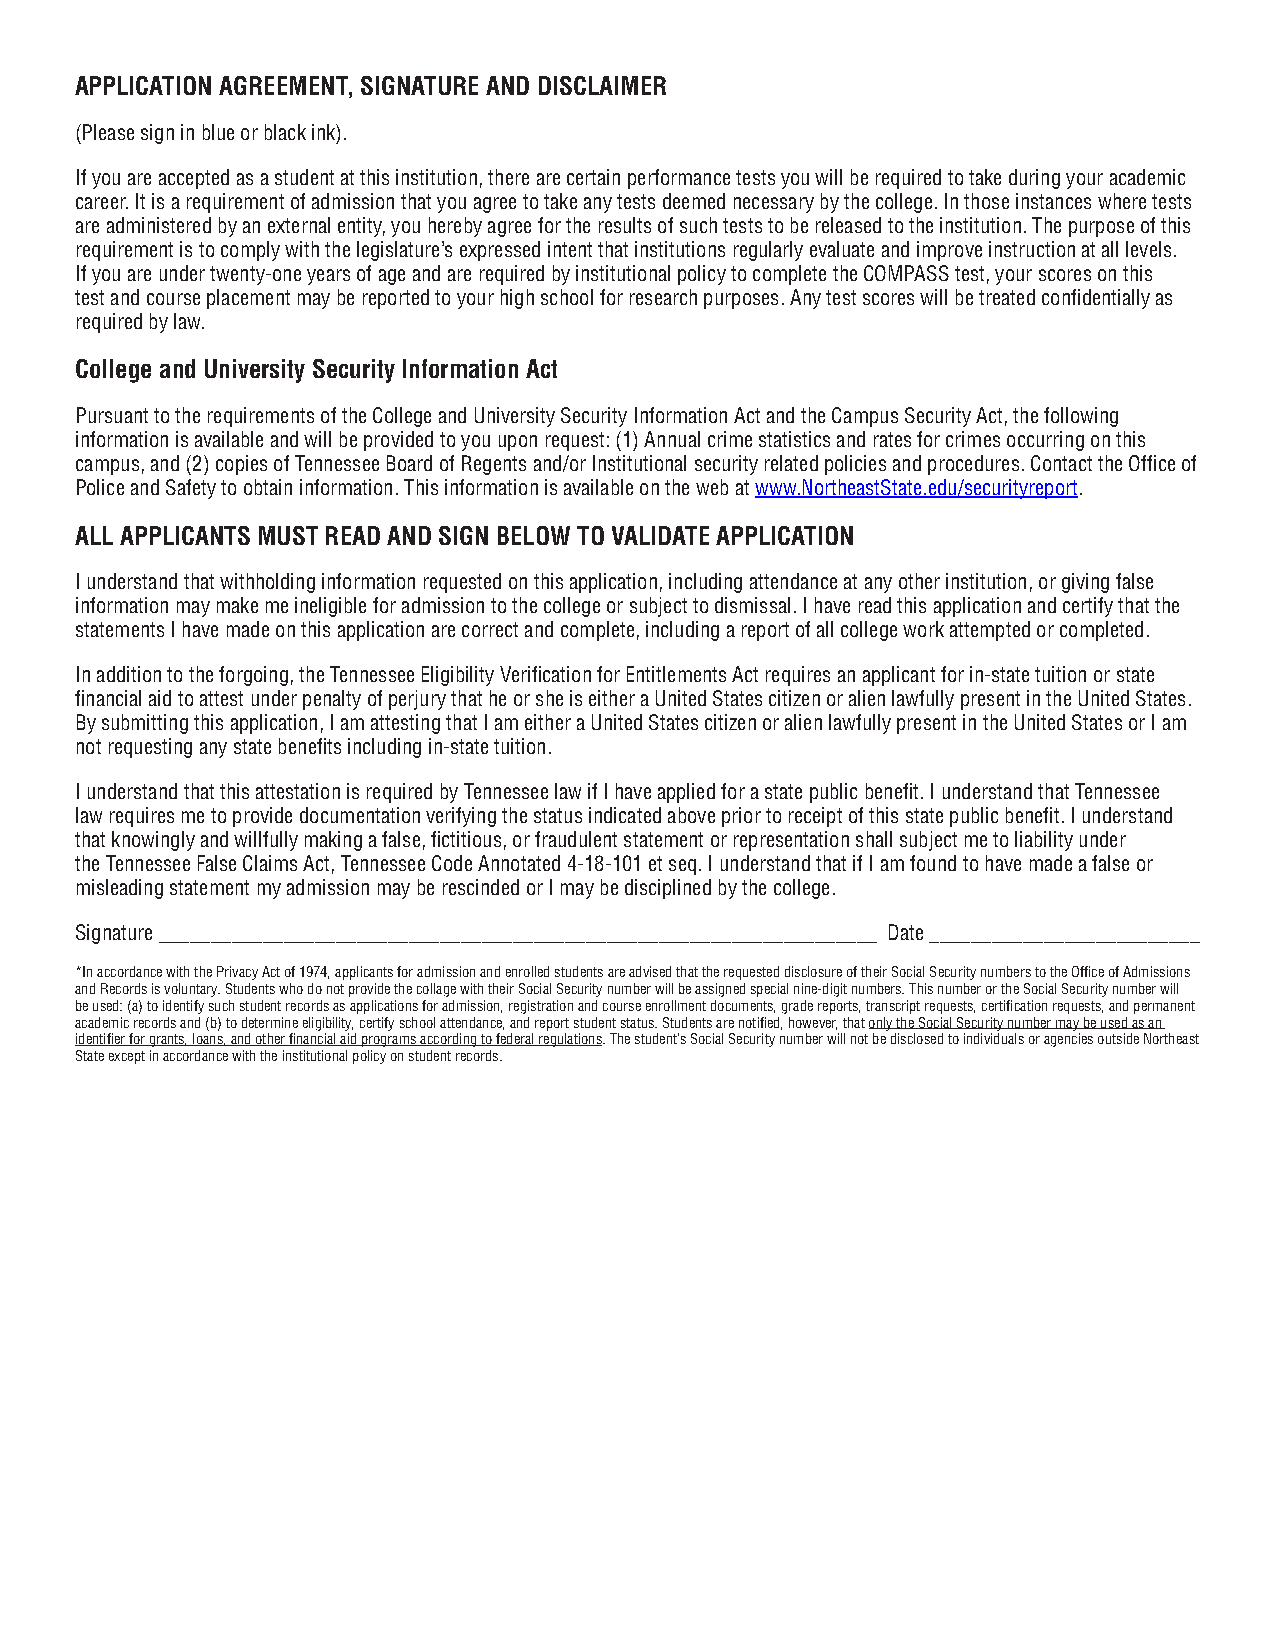
APPLICATION AGREEMENT, SIGNATURE AND DISCLAIMER
 (Please sign in blue or black ink).
 If you are accepted as a student at this institution, there are certain performance tests you will be required to take during your academic
 career. It is a requirement of admission that you agree to take any tests deemed necessary by the college. In those instances where tests
 are administered by an external entity, you hereby agree for the results of such tests to be released to the institution. The purpose of this
 requirement is to comply with the legislature’s expressed intent that institutions regularly evaluate and improve instruction at all levels.
 If you are under twenty-one years of age and are required by institutional policy to complete the COMPASS test, your scores on this
 test and course placement may be reported to your high school for research purposes. Any test scores will be treated confidentially as
 required by law.
 College and University Security Information Act
 Pursuant to the requirements of the College and University Security Information Act and the Campus Security Act, the following
 information is available and will be provided to you upon request: (1) Annual crime statistics and rates for crimes occurring on this
 campus, and (2) copies of Tennessee Board of Regents and/or Institutional security related policies and procedures. Contact the Office of
 Police and Safety to obtain information. This information is available on the web at www.NortheastState.edu/securityreport.
 ALL APPLICANTS MUST READ AND SIGN BELOW TO VALIDATE APPLICATION
 I understand that withholding information requested on this application, including attendance at any other institution, or giving false
 information may make me ineligible for admission to the college or subject to dismissal. I have read this application and certify that the
 statements I have made on this application are correct and complete, including a report of all college work attempted or completed.
 In addition to the forgoing, the Tennessee Eligibility Verification for Entitlements Act requires an applicant for in-state tuition or state
 financial aid to attest under penalty of perjury that he or she is either a United States citizen or alien lawfully present in the United States.
 By submitting this application, I am attesting that I am either a United States citizen or alien lawfully present in the United States or I am
 not requesting any state benefits including in-state tuition.
 I understand that this attestation is required by Tennessee law if I have applied for a state public benefit. I understand that Tennessee
 law requires me to provide documentation verifying the status indicated above prior to receipt of this state public benefit. I understand
 that knowingly and willfully making a false, fictitious, or fraudulent statement or representation shall subject me to liability under
 the Tennessee False Claims Act, Tennessee Code Annotated 4-18-101 et seq. I understand that if I am found to have made a false or
 misleading statement my admission may be rescinded or I may be disciplined by the college.
 Signature _____________________________________________________________________ Date __________________________
 *In accordance with the Privacy Act of 1974, applicants for admission and enrolled students are advised that the requested disclosure of their Social Security numbers to the Office of Admissions
 and Records is voluntary. Students who do not provide the collage with their Social Security number will be assigned special nine-digit numbers. This number or the Social Security number will
 be used: (a) to identify such student records as applications for admission, registration and course enrollment documents, grade reports, transcript requests, certification requests, and permanent
 academic records and (b) to determine eligibility, certify school attendance, and report student status. Students are notified, however, that only the Social Security number may be used as an
 identifier for grants, loans, and other financial aid programs according to federal regulations. The student’s Social Security number will not be disclosed to individuals or agencies outside Northeast
 State except in accordance with the institutional policy on student records.